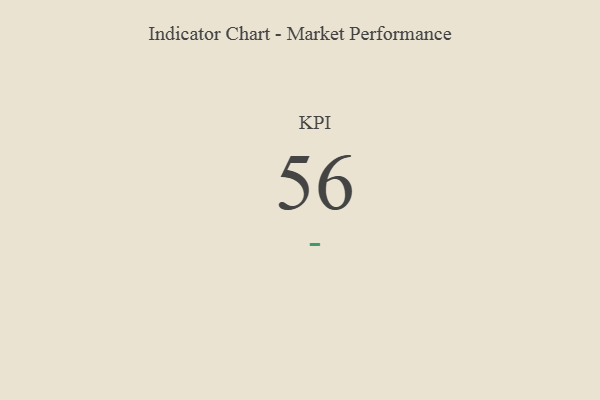
{"axis": {"x": "KPI", "y": "Value"}, "legend": [""], "data": [{"x": "KPI", "y": 56, "type": ""}]}